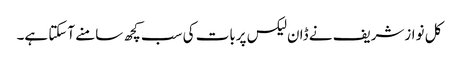
کل نوازشریف نے ڈان لیکس پربات کی سب کچھ سامنے آسکتا ہے۔